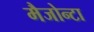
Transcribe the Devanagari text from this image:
मैजोन्टा